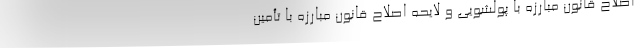
اصلاح قانون مبارزه با پولشویی و لایحه اصلاح قانون مبارزه با تأمین